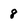
Character: 8